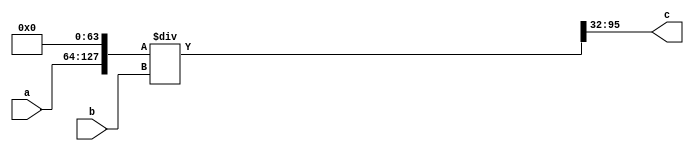
module divider(a,b,c); // make accurate & synthesizable divider 

input signed [63:0] a, b;
output wire signed [63:0] c;
/*
parameter k1 = 11, k2 = 11;

wire signed [k1 + 31:0] a1;
wire signed [63:0] a2;
           
assign a1 = a[k1 + 31:0];
assign a2 = a1 <<< (32 - k1);
assign c = a2 / (b >>> k2);
*/


// 32 - k1 + k2 >= 32   =>  "k2 >= k1" 

parameter k = 64;

wire signed [63 + k:0] a1;
wire signed [63 + k:0] c1;

assign a1 = a <<< k;
assign c1 = a1 / b;
assign c = c1[k + 31:k - 32];



// k1 >= 11
/*
parameter k = 32, k1 = 11;

wire signed [k1 + 31:0] a1;
wire signed [63 + k:0] a2;
wire signed [63 + k:0] c1;

assign a1 = a[k1 + 31:0];
assign a2 = a1 <<< k; 
assign c1 = a2 / b;
assign c = c1[k + 31:k - 32];
*/

endmodule